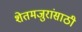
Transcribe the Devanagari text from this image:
शेतमजुरांसाठी